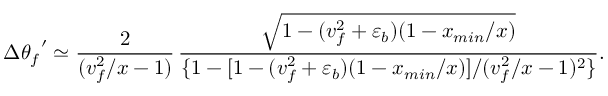
\Delta { \theta _ { f } } ^ { \prime } \simeq \frac { 2 } { ( v _ { f } ^ { 2 } / x - 1 ) } \, \frac { \sqrt { 1 - ( v _ { f } ^ { 2 } + \varepsilon _ { b } ) ( 1 - x _ { m i n } / x ) } } { \{ 1 - [ 1 - ( v _ { f } ^ { 2 } + \varepsilon _ { b } ) ( 1 - x _ { m i n } / x ) ] / ( v _ { f } ^ { 2 } / x - 1 ) ^ { 2 } \} } .